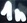
Text: 1n